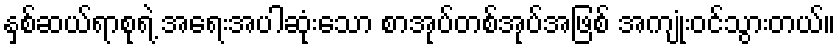
နှစ်ဆယ်ရာစုရဲ့ အရေးအပါဆုံးသော စာအုပ်တစ်အုပ်အဖြစ် အကျုံးဝင်သွားတယ်။